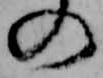
の